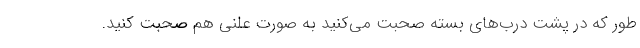
طور که در پشت درب‌های بسته صحبت می‌کنید به صورت علنی هم صحبت کنید.